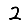
Digit: 2